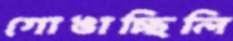
গোঙাচ্ছিলি